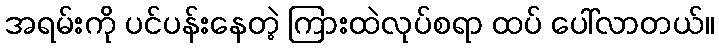
အရမ်းကို ပင်ပန်းနေတဲ့ ကြားထဲလုပ်စရာ ထပ် ပေါ်လာတယ်။